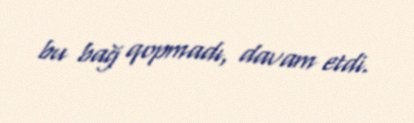
bu bağ qopmadı, davam etdi.